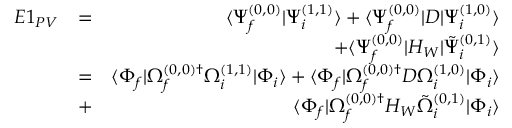
\begin{array} { r l r } { E 1 _ { P V } } & { = } & { \langle \Psi _ { f } ^ { ( 0 , 0 ) } | \Psi _ { i } ^ { ( 1 , 1 ) } \rangle + \langle \Psi _ { f } ^ { ( 0 , 0 ) } | D | \Psi _ { i } ^ { ( 1 , 0 ) } \rangle } \\ & { } & { + \langle \Psi _ { f } ^ { ( 0 , 0 ) } | H _ { W } | \tilde { \Psi } _ { i } ^ { ( 0 , 1 ) } \rangle } \\ & { = } & { \langle \Phi _ { f } | \Omega _ { f } ^ { ( 0 , 0 ) \dagger } \Omega _ { i } ^ { ( 1 , 1 ) } | \Phi _ { i } \rangle + \langle \Phi _ { f } | \Omega _ { f } ^ { ( 0 , 0 ) \dagger } D \Omega _ { i } ^ { ( 1 , 0 ) } | \Phi _ { i } \rangle } \\ & { + } & { \langle \Phi _ { f } | \Omega _ { f } ^ { ( 0 , 0 ) \dagger } H _ { W } \tilde { \Omega } _ { i } ^ { ( 0 , 1 ) } | \Phi _ { i } \rangle } \end{array}